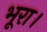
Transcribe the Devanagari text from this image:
भूरा।